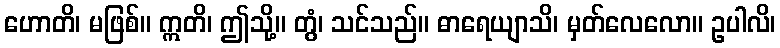
ဟောတိ၊ မဖြစ်။ ဣတိ၊ ဤသို့။ တွံ၊ သင်သည်။ ဓာရေယျာသိ၊ မှတ်လေလော။ ဥပါလိ၊